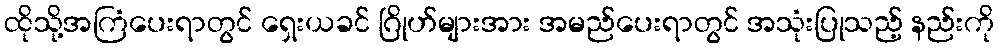
ထိုသို့အကြံပေးရာတွင် ရှေးယခင် ဂြိုဟ်များအား အမည်ပေးရာတွင် အသုံးပြုသည့် နည်းကို